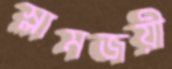
স্লামজয়ী